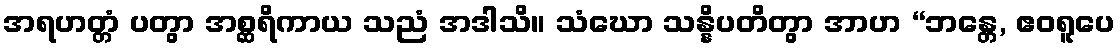
အရဟတ္တံ ပတွာ အစ္ဆရိကာယ သညံ အဒါသိ။ သံဃော သန္နိပတိတွာ အာဟ “ဘန္တေ, ဧဝရူပေ